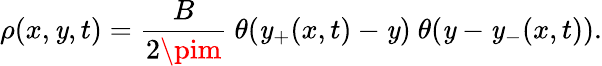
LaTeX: \rho(x,\mathit{y},t)={\frac{{B}}{{2\pim}}}\ \theta(\mathit{y}_{+}(x,t)-\mathit{y})\ \theta(\mathit{y}-\mathit{y}_{-}(x,t)).